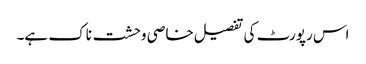
اس رپورٹ کی تفصیل خاصی وحشت ناک ہے۔